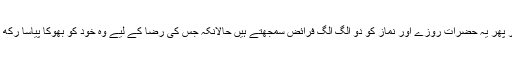
اس کی بنیادی وجہ سستی و کاہلی ہے اور پھر یہ حضرات روزے اور نماز کو دو الگ الگ فرائض سمجھتے ہیں حالانکہ جس کی رضا کے لیے وہ خود کو بھوکا پیاسا رکھ رہے ہیں اسی کا حکم ہے کہ نماز پڑ ھو۔